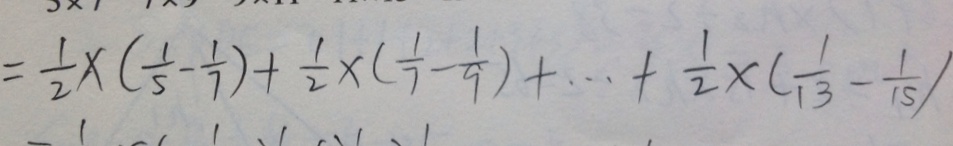
= \frac { 1 } { 2 } \times ( \frac { 1 } { 5 } - \frac { 1 } { 7 } ) + \frac { 1 } { 2 } \times ( \frac { 1 } { 7 } - \frac { 1 } { 9 } ) + \cdots + \frac { 1 } { 2 } \times ( \frac { 1 } { 1 3 } - \frac { 1 } { 1 5 } )